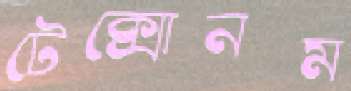
টেক্সোনম